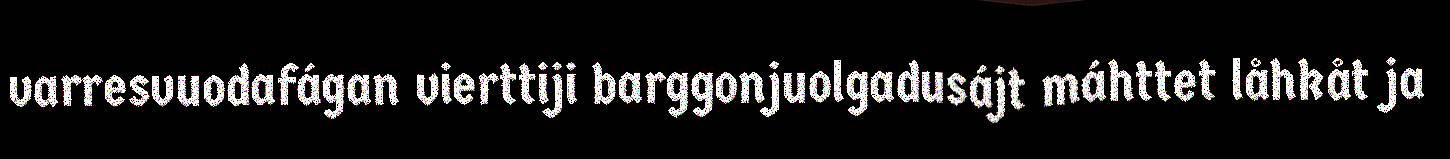
varresvuodafágan vierttiji barggonjuolgadusájt máhttet låhkåt ja